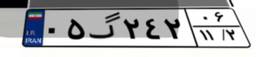
۰۵گ۲۴۲۰۶